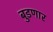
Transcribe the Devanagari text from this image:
बुडणार